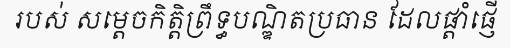
របស់ សម្តេចកិត្តិព្រឹទ្ធបណ្ឌិតប្រធាន ដែលផ្តាំផ្ញើ